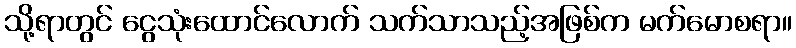
သို့ရာတွင် ငွေသုံးထောင်လောက် သက်သာသည့်အဖြစ်က မက်မောစရာ။